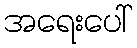
အရေးပေါ်